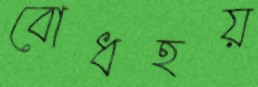
বোধহয়